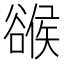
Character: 𧯁